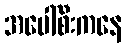
အပေါ်စီးကနေ